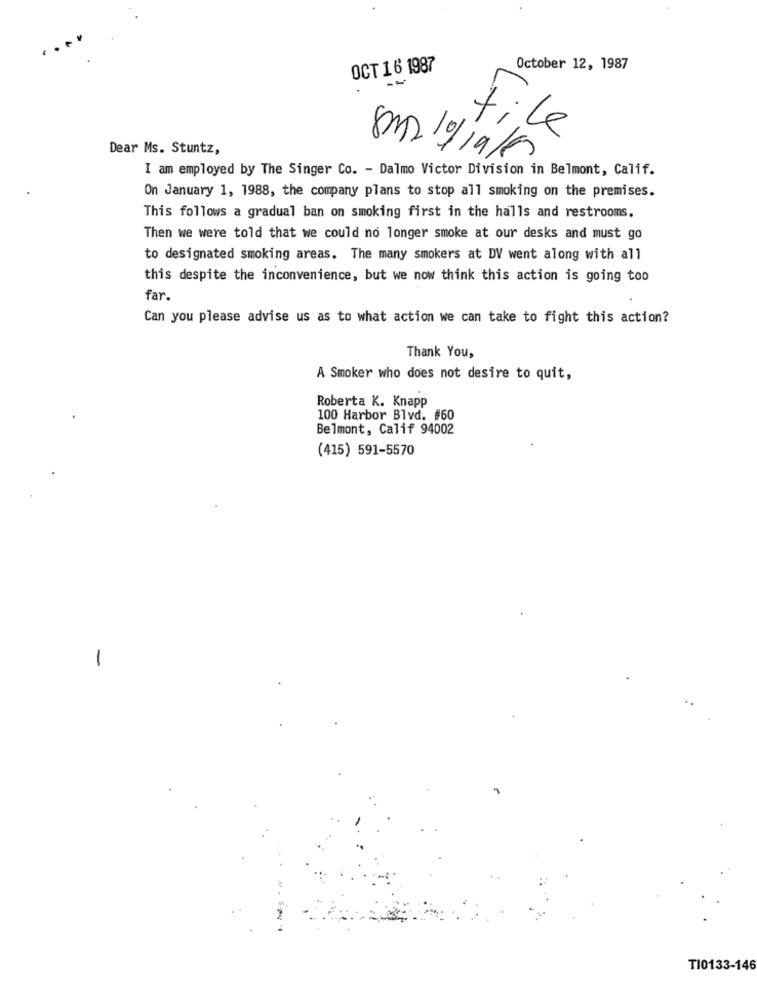
OCT 1 6 1987
October 12, 1987
File
Dear Ms. Stuntz,
8m2 10/19/19
I am employed by The Singer Co. - Dalmo Victor Division in Belmont, Calif.
On January 1, 1988, the company plans to stop all smoking on the premises.
This follows a gradual ban on smoking first in the halls and restrooms.
Then we were told that we could no longer smoke at our desks and must go
to designated smoking areas. The many smokers at DV went along with all
this despite the inconvenience, but we now think this action is going too
far.
Can you please advise us as to what action we can take to fight this action?
Thank You,
A Smoker who does not desire to quit,
Roberta K. Knapp
100 Harbor Blvd. #60
Belmont, Calif 94002
(415) 591-5570
-
TI0133-146